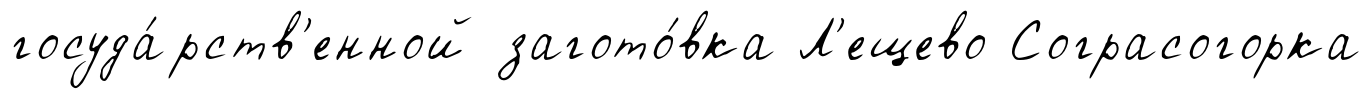
госуда́рств'енной загото́вка Л'ещево Сограсогорка